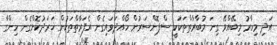
އަދި މިހާރު މިބޭއްވޭ ގިނަ މުބާރާތްތަކަކީ ސްޕޮންސަރުން ހޯއްދަވައިގެން އެފަރާތްތަކުން ޚަރަދުކޮށްގެން ހިންގާ